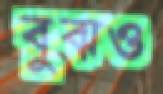
বুঝও